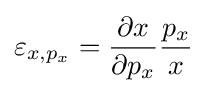
\varepsilon _{x,p_{x}}={\frac {\partial x}{\partial p_{x}}}{\frac {p_{x}}{x}}